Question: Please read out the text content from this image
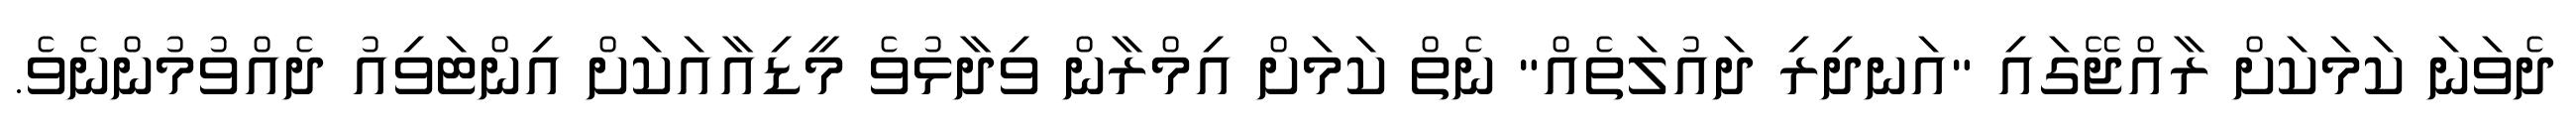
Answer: ދެވަނަ ކަމަކަށް ރާއްޖޭގައި "އަނދިރި ދައުލަތެއް" ނެތް ކަމަށް އިމްރާން ވިދާޅުވެ މީޑިއާއަކަށް އިންޓަވިއު ދެއްވުމުންނެވެ.